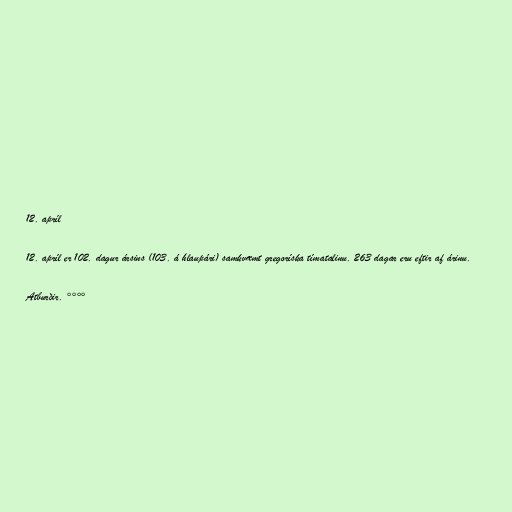
12. apríl

12. apríl er 102. dagur ársins (103. á hlaupári) samkvæmt gregoríska tímatalinu. 263 dagar eru eftir af árinu.

Atburðir. °°°°